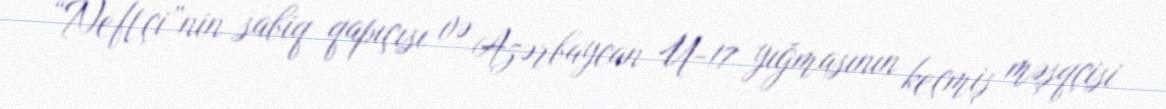
“Neftçi”nin sabiq qapıçısı və Azərbaycan U-17 yığmasının keçmiş məşqçisi